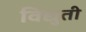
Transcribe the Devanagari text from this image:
विद्युती